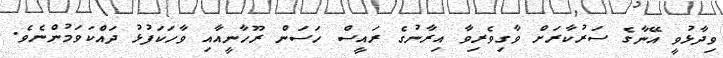
ވިދާޅުވީ އޭނާގެ ސަރުކާރަށް ވާގިވެރިވާ އިރާނުގެ ރައީސް ހަސަން ރޫހާނީއާއި ވާހަކަފުޅު ދައްކަވަމުންނެވެ.